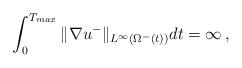
LaTeX: \begin{align*}\int_0^{T_{max}} \|\nabla u^-\|_{L^\infty(\Omega^-(t))}dt=\infty\,,\end{align*}